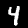
Digit: 4